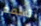
تسمم